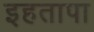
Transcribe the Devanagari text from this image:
इहतापा